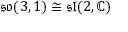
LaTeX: { \mathfrak { s o } } ( 3 , 1 ) \cong { \mathfrak { s l } } ( 2 , \mathbb { C } )